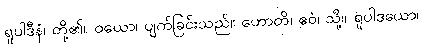
ရူပါဒီနံ၊ တို့၏။ ဝယော၊ ပျက်ခြင်းသည်။ ဟောတိ၊ ဧဝံ၊ သို့။ ရူပါဒယော၊